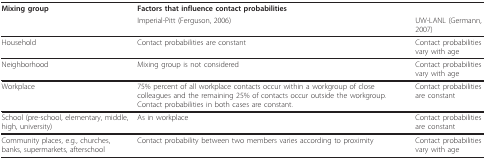
<table><thead><tr><td><b>Mixing group</b></td><td colspan="2"><b>Factors that influence contact probabilities</b></td></tr><tr><td>[EMPTY_CELL]</td><td><b>Imperial-Pitt (Ferguson, 2006)</b></td><td><b>UW-LANL (Germann, 2007)</b></td></tr></thead><tbody><tr><td>Household</td><td>Contact probabilities are constant</td><td>Contact probabilities vary with age</td></tr><tr><td>Neighborhood</td><td>Mixing group is not considered</td><td>Contact probabilities vary with age</td></tr><tr><td>Workplace</td><td>75% percent of all workplace contacts occur within a workgroup of close colleagues and the remaining 25% of contacts occur outside the workgroup. Contact probabilities in both cases are constant.</td><td>Contact probabilities are constant</td></tr><tr><td>School (pre-school, elementary, middle, high, university)</td><td>As in workplace</td><td>Contact probabilities are constant</td></tr><tr><td>Community places, e.g., churches, banks, supermarkets, afterschool</td><td>Contact probability between two members varies according to proximity</td><td>Contact probabilities vary with age</td></tr></tbody></table>